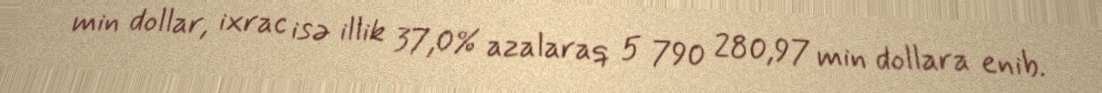
min dollar, ixrac isə illik 37,0% azalaraq 5 790 280,97 min dollara enib.